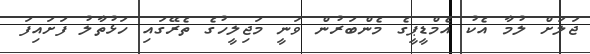
ޖަލަށް ލުމާ އެކު އެމްޑީޕީގެ މެންބަރުން ވަނީ މަޖިލީހުގެ ތެރޭގައި ހަޅުތާލު ފަށައިފަ